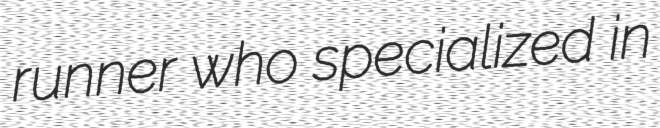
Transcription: runner who specialized in